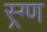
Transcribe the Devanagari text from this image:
स्र्ग्ण